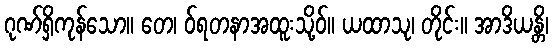
ဂုဏ်ရှိကုန်သော။ တေ၊ ဝ်ရတနာအထူးသို့ဝ်။ ယထာသု၊ တိုင်း။ အာဒိယန္တိ၊